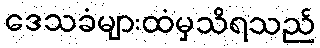
ဒေသခံများထံမှသိရသည်